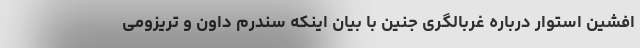
افشین استوار درباره غربالگری جنین با بیان اینکه سندرم داون و تریزومی